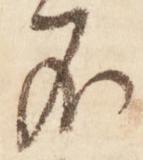
不